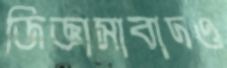
জিজ্ঞাসাবাদও